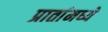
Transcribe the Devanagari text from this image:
प्रातांमध्ये